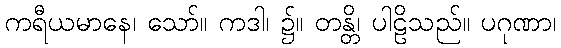
ကရီယမာနေ၊ သော်။ ကဒါ၊ ၌။ တန္တိ၊ ပါဠိသည်။ ပဂုဏာ၊